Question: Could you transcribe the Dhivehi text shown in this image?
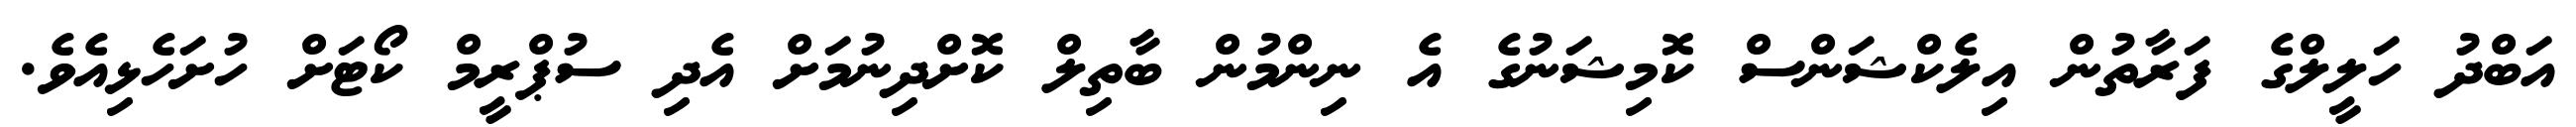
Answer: އަބްދު ހަލީލްގެ ފަރާތުން އިލެކްޝަންސް ކޮމިޝަނުގެ އެ ނިންމުން ބާތިލް ކޮށްދިނުމަށް އެދި ސުޕްރީމް ކޯޓަށް ހުށަހެޅިއެވެ.